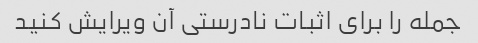
جمله را برای اثبات نادرستی آن ویرایش کنید